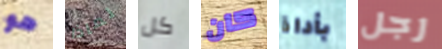
هو لماذا كل كان بأداة رجل